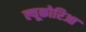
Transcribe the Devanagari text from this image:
ल्यूकोरिआ